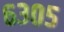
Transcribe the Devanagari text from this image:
६३०५